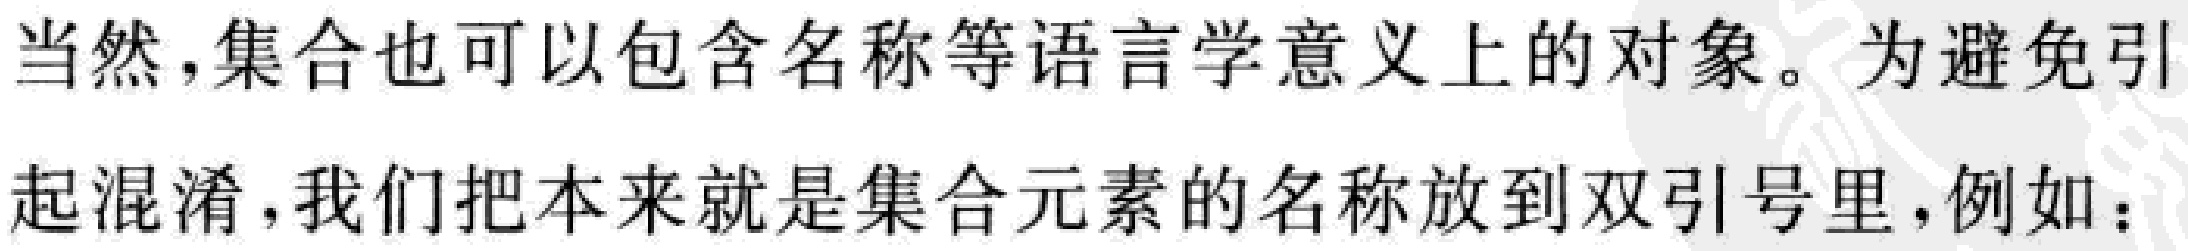
当然，集合也可以包含名称等语言学意义上的对象。为避免引起混淆，我们把本来就是集合元素的名称放到双引号里，例如：